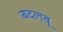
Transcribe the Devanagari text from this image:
बदलवू